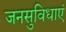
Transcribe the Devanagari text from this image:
जनसुविधाएं